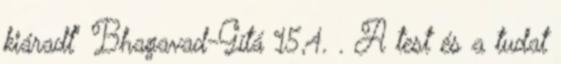
kiáradt" Bhagavad-Gítá 15,4. . A test és a tudat